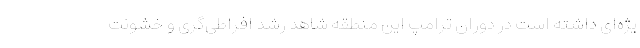
یژه­ای داشته است در دوران ترامپ این منطقه شاهد رشد افراطی­گری و خشونت